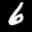
Label: 6